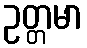
ဥတ္တမာ